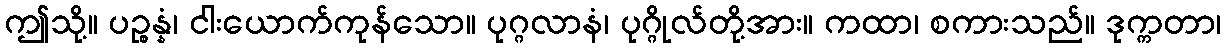
ဤသို့။ ပဉ္စန္နံ၊ ငါးယောက်ကုန်သော။ ပုဂ္ဂလာနံ၊ ပုဂ္ဂိုလ်တို့အား။ ကထာ၊ စကားသည်။ ဒုက္ကတာ၊